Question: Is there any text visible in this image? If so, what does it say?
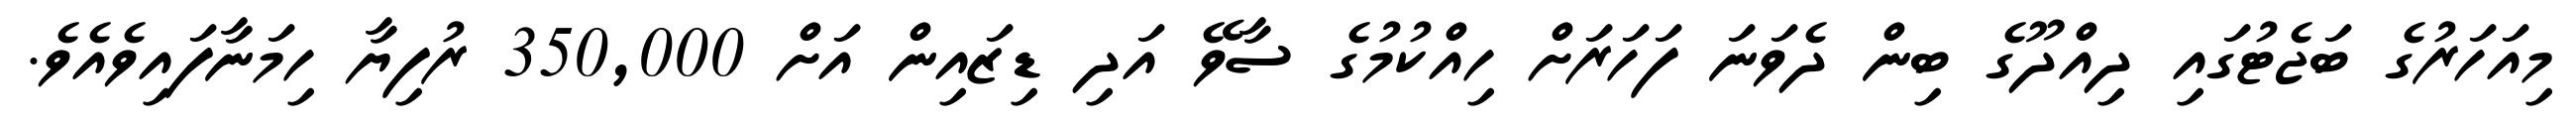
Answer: މިއަހަރުގެ ބަޖެޓުގައި ދިއްދޫގެ ބިން ދެވަނަ ފަހަރަށް ހިއްކުމުގެ ސާވޭ އަދި ޑިޒައިން އަށް 350,000 ރުފިޔާ ހިމަނާފައިވެއެވެ.